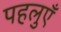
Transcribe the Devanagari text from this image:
पहलुएँ